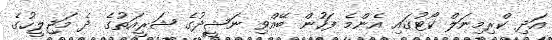
އަދި ކްރިމިނަލް ކޯޓުގައި އެންމެ ފަހުން ބޭއްވި ނަޝީދުގެ ޝަރީއަތުގެ ދެ މަޖިލީހުގެ